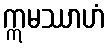
ဣမဿာဟံ